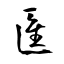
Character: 匯